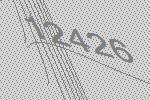
12426